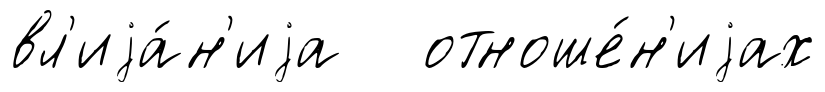
вл'иjа́н'иjа отноше́н'иjах